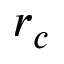
r _ { c }